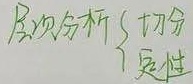
层次分析
$\begin{cases}
切分 \\
定性
\end{cases}$